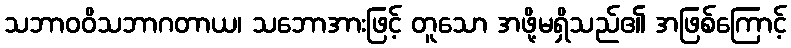
သဘာဝဝိသဘာဂတာယ၊ သဘောအားဖြင့် တူသော အဖို့မရှိသည်၏ အဖြစ်ကြောင့်